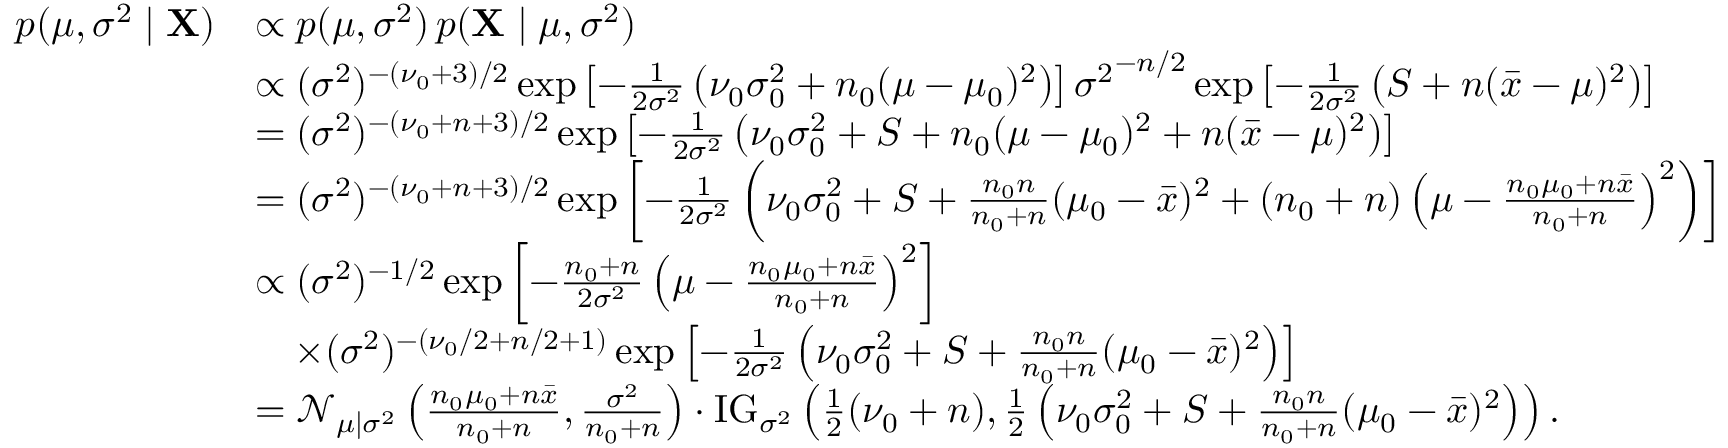
{ \begin{array} { r l } { p ( \mu , \sigma ^ { 2 } \mid \mathbf { X } ) } & { \propto p ( \mu , \sigma ^ { 2 } ) \, p ( \mathbf { X } \mid \mu , \sigma ^ { 2 } ) } \\ & { \propto ( \sigma ^ { 2 } ) ^ { - ( \nu _ { 0 } + 3 ) / 2 } \exp \left[ - { \frac { 1 } { 2 \sigma ^ { 2 } } } \left( \nu _ { 0 } \sigma _ { 0 } ^ { 2 } + n _ { 0 } ( \mu - \mu _ { 0 } ) ^ { 2 } \right) \right] { \sigma ^ { 2 } } ^ { - n / 2 } \exp \left[ - { \frac { 1 } { 2 \sigma ^ { 2 } } } \left( S + n ( { \bar { x } } - \mu ) ^ { 2 } \right) \right] } \\ & { = ( \sigma ^ { 2 } ) ^ { - ( \nu _ { 0 } + n + 3 ) / 2 } \exp \left[ - { \frac { 1 } { 2 \sigma ^ { 2 } } } \left( \nu _ { 0 } \sigma _ { 0 } ^ { 2 } + S + n _ { 0 } ( \mu - \mu _ { 0 } ) ^ { 2 } + n ( { \bar { x } } - \mu ) ^ { 2 } \right) \right] } \\ & { = ( \sigma ^ { 2 } ) ^ { - ( \nu _ { 0 } + n + 3 ) / 2 } \exp \left[ - { \frac { 1 } { 2 \sigma ^ { 2 } } } \left( \nu _ { 0 } \sigma _ { 0 } ^ { 2 } + S + { \frac { n _ { 0 } n } { n _ { 0 } + n } } ( \mu _ { 0 } - { \bar { x } } ) ^ { 2 } + ( n _ { 0 } + n ) \left( \mu - { \frac { n _ { 0 } \mu _ { 0 } + n { \bar { x } } } { n _ { 0 } + n } } \right) ^ { 2 } \right) \right] } \\ & { \propto ( \sigma ^ { 2 } ) ^ { - 1 / 2 } \exp \left[ - { \frac { n _ { 0 } + n } { 2 \sigma ^ { 2 } } } \left( \mu - { \frac { n _ { 0 } \mu _ { 0 } + n { \bar { x } } } { n _ { 0 } + n } } \right) ^ { 2 } \right] } \\ & { \quad \times ( \sigma ^ { 2 } ) ^ { - ( \nu _ { 0 } / 2 + n / 2 + 1 ) } \exp \left[ - { \frac { 1 } { 2 \sigma ^ { 2 } } } \left( \nu _ { 0 } \sigma _ { 0 } ^ { 2 } + S + { \frac { n _ { 0 } n } { n _ { 0 } + n } } ( \mu _ { 0 } - { \bar { x } } ) ^ { 2 } \right) \right] } \\ & { = { \mathcal { N } } _ { \mu \mid \sigma ^ { 2 } } \left( { \frac { n _ { 0 } \mu _ { 0 } + n { \bar { x } } } { n _ { 0 } + n } } , { \frac { \sigma ^ { 2 } } { n _ { 0 } + n } } \right) \cdot \mathrm { { I G } } _ { \sigma ^ { 2 } } \left( { \frac { 1 } { 2 } } ( \nu _ { 0 } + n ) , { \frac { 1 } { 2 } } \left( \nu _ { 0 } \sigma _ { 0 } ^ { 2 } + S + { \frac { n _ { 0 } n } { n _ { 0 } + n } } ( \mu _ { 0 } - { \bar { x } } ) ^ { 2 } \right) \right) . } \end{array} }